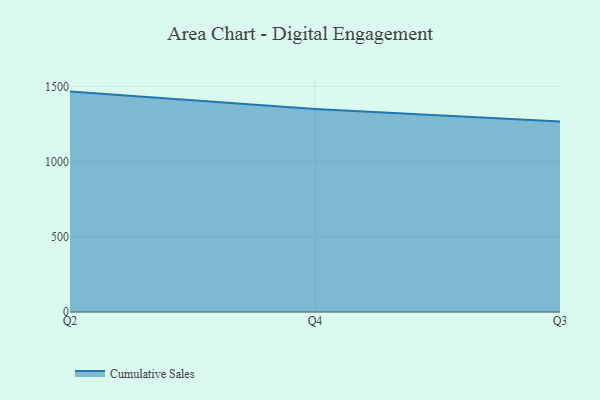
{"axis": {"x": "Quarter", "y": "Energy Usage (MWh)"}, "legend": ["Cumulative Sales"], "data": [{"x": "Q2", "y": 1465.4, "type": "Cumulative Sales"}, {"x": "Q4", "y": 1350.4, "type": "Cumulative Sales"}, {"x": "Q3", "y": 1266.5, "type": "Cumulative Sales"}]}